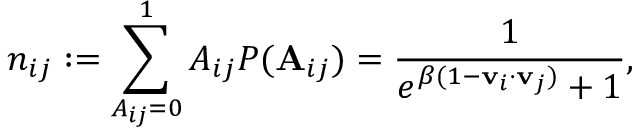
n _ { i j } : = \sum _ { A _ { i j } = 0 } ^ { 1 } A _ { i j } P ( \mathbf A _ { i j } ) = \frac { 1 } { e ^ { \beta ( 1 - \mathbf { v } _ { i } \cdot \mathbf { v } _ { j } ) } + 1 } ,